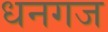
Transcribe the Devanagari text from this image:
धनगज